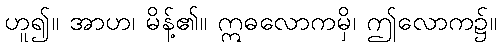
ဟူ၍။ အာဟ၊ မိန့်၏။ ဣဓလောကမှိ၊ ဤလောက၌။